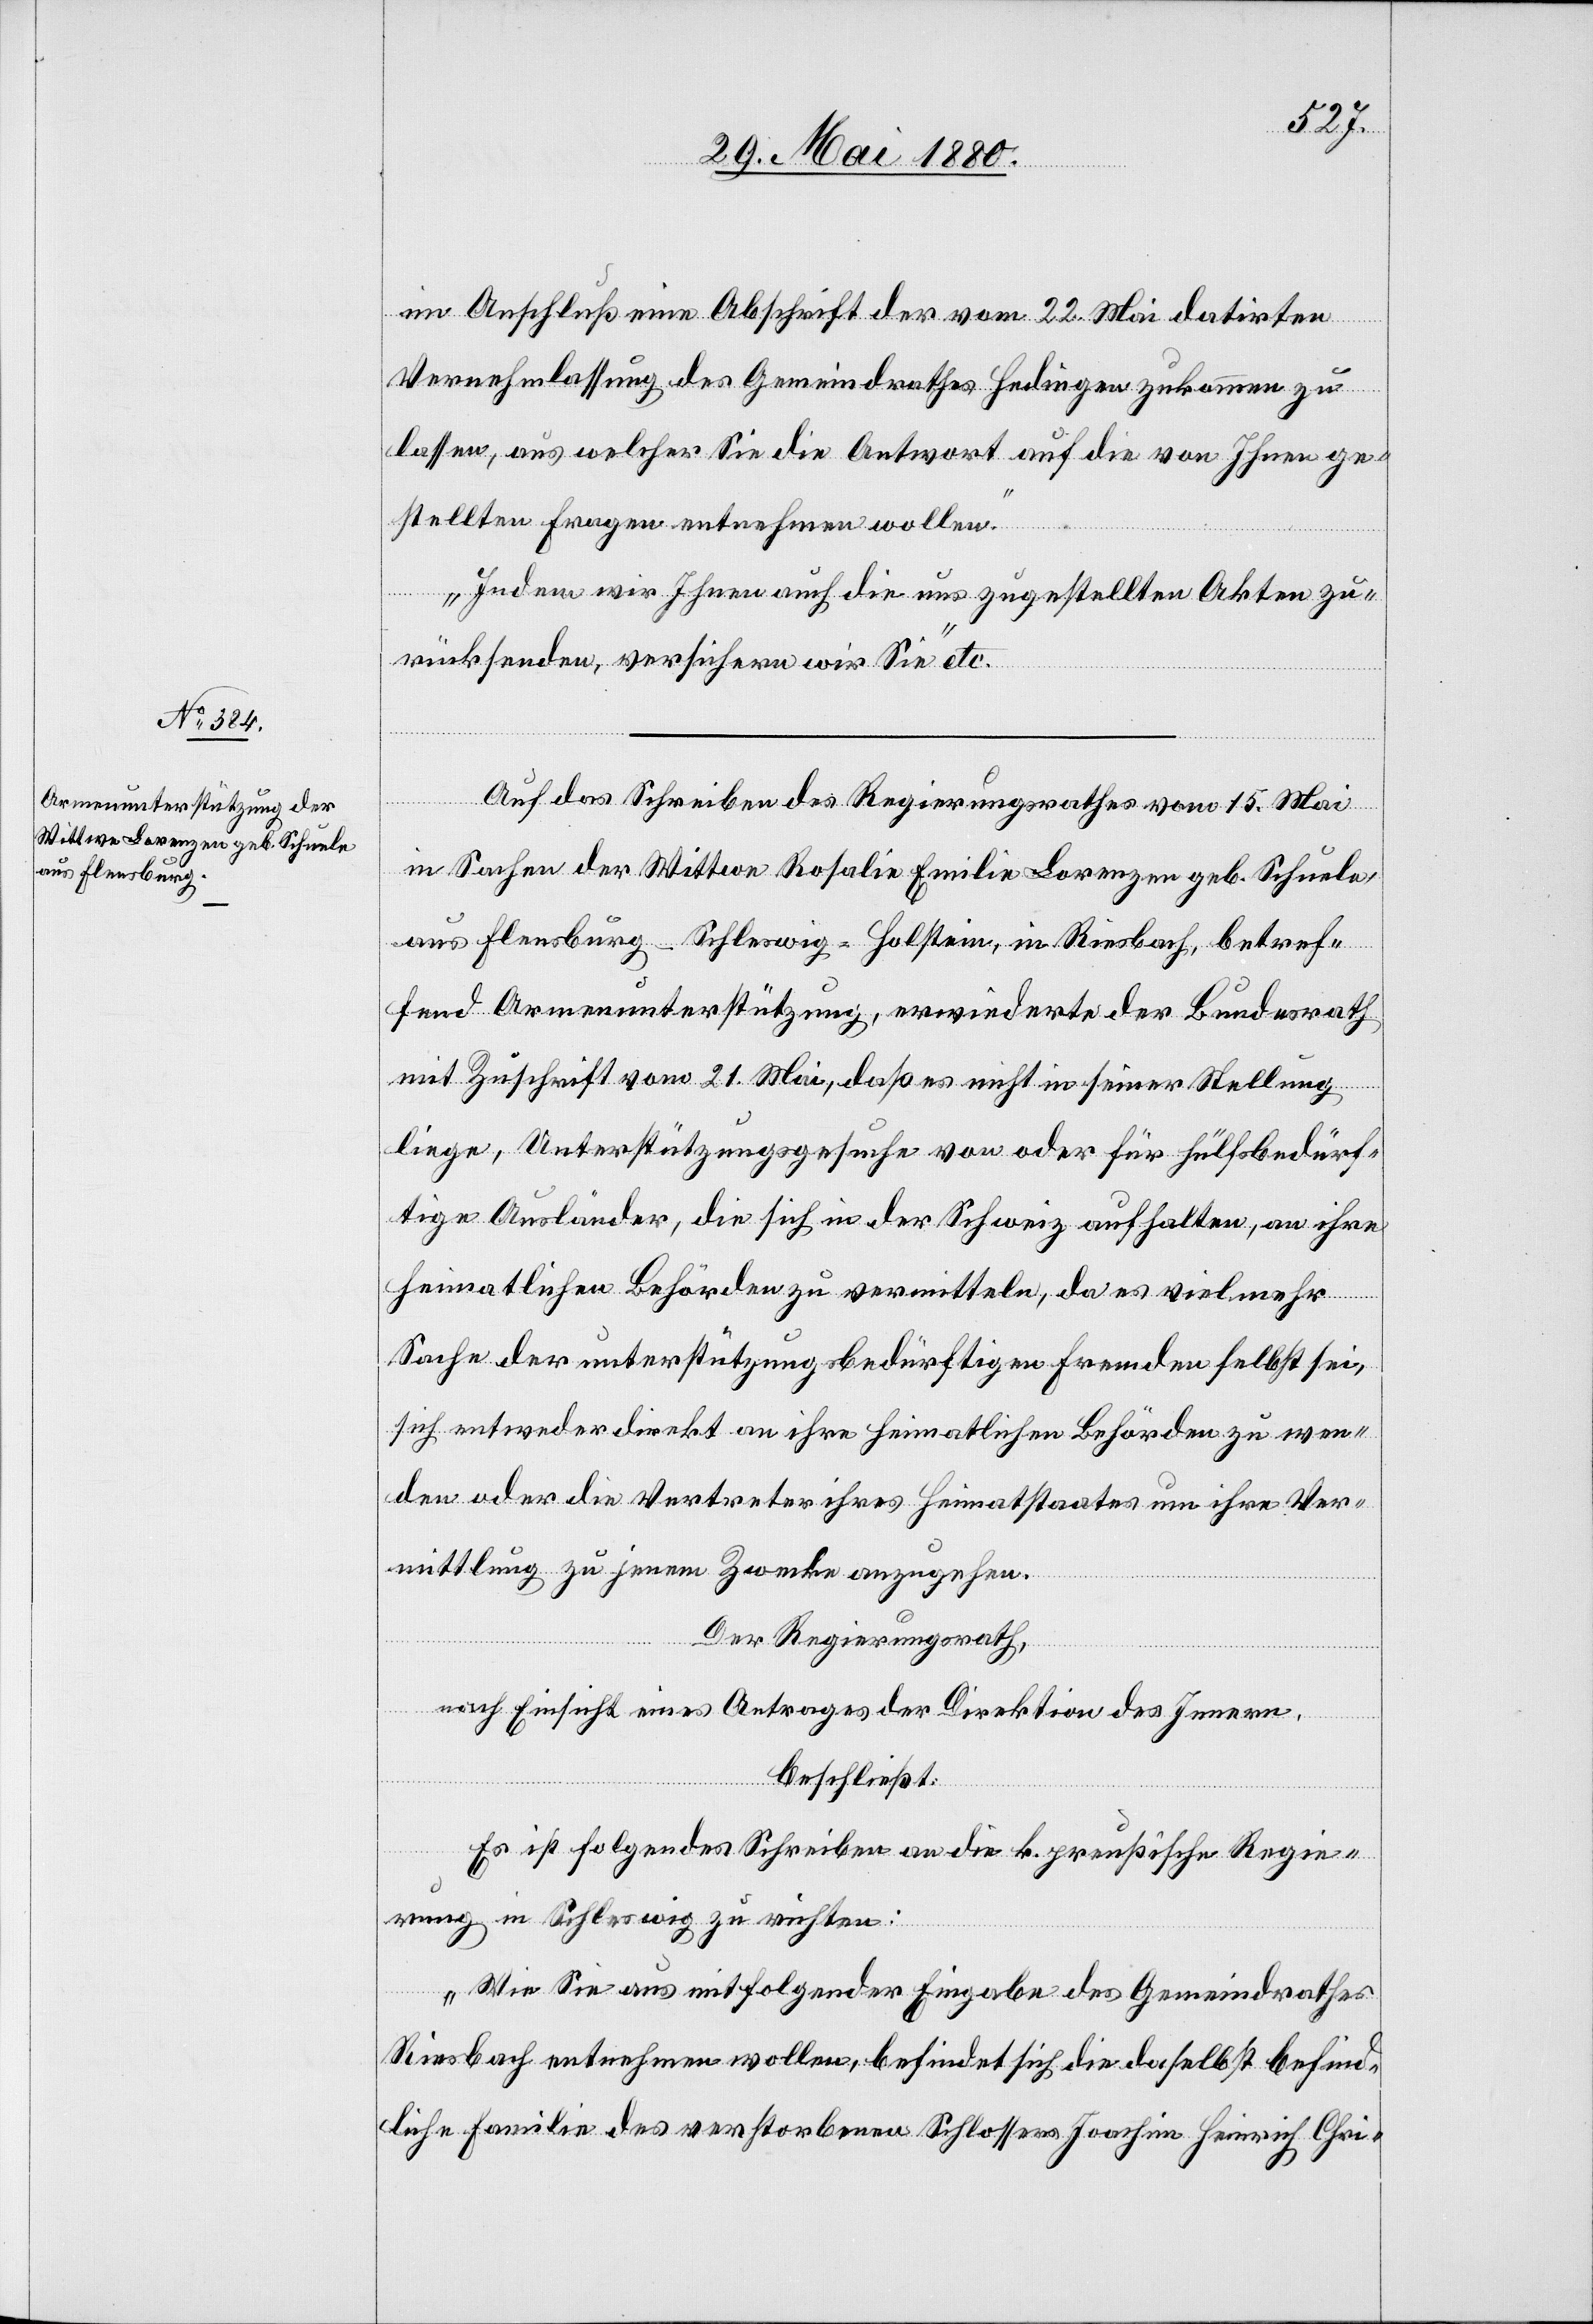
im Anschluß eine Abschrift der vom 22. Mai datirten
Vernehmlassung des Gemeindrathes Hedingen zukommen zu
lassen, aus welcher Sie die Antwort auf die von Ihnen ge¬
stellten Fragen entnehmen wollen.
Indem wir Ihnen die uns zugestellten Akten zu¬
rücksenden, versichern wir Sie“ etc.
Auf das Schreiben des Regierungsrathes vom 15. Mai
in Sachen der Wittwe Rosalie Emilie Lorenzer geb. Schuele
aus Flensburg - Schleswig-Holstein, in Riesbach, betref¬
fend Armenunterstützung, erwiederte der Bundesrath
mit Zuschrift vom 21. Mai, daß es nicht in seiner Stellung
liege, Unterstützungsgesuche von oder für hülfsbedürf¬
tige Ausländer, die sich in der Schweiz aufhalten, an ihre
heimatlichen Behörden zu vermitteln, da es vielmehr
Sache der unterstützungsbedürftigen Fremden selbst sei,
sich entweder direkt an ihre heimatlichen Behörden zu wen¬
den oder die Vertreter ihres Heimatstaates um ihre Ver¬
mittlung zu jenem Zwecke anzugehen.
Der Regierungsrath,
nach Einsicht eines Antrages der Direktion des Innern,
beschließt:
Es ist folgendes Schreiben an die k. preußische Regie¬
rung in Schleswig zu richten:
„Wie Sie aus mitfolgender Eingabe des Gemeindrathes
Riesbach entnehmen wollen, befindet sich die daselbst befind¬
liche Familie des verstorbenen Schlossers Joachim Heinrich Chri-